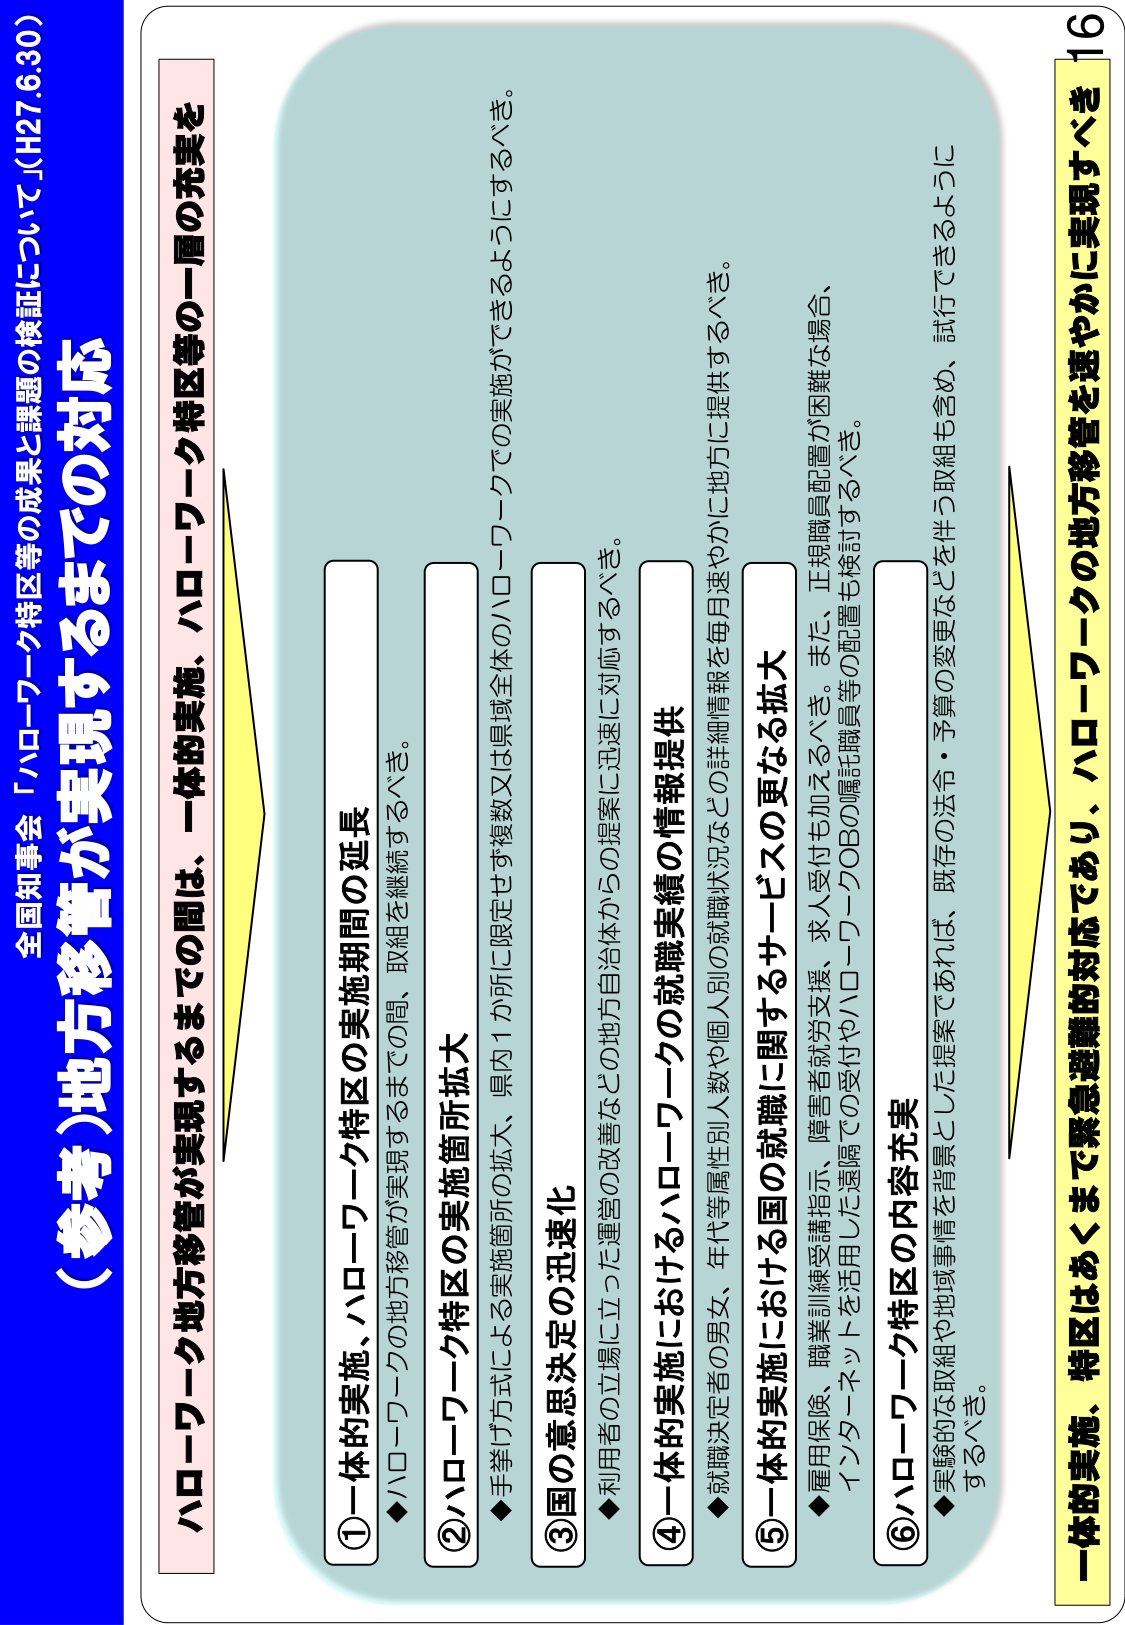
全国知事会「ハローワーク特区等の検証について」(H27.6.30)

（参考）地方移管が実現するまでの対応

ハローワーク地方移管が実現するまでの間は、一体的実施、ハローワーク特区等の一層の充実を

①一体的実施、ハローワーク特区の実施期間の延長
◆ハローワークの地方移管が実現するまでの間、取組を継続するべき。

②ハローワーク特区の実施箇所拡大
◆手挙げ方式による実施箇所の拡大、県内1か所に限定せず複数又は県域全体での実施ができるようにするべき。

③国の意思決定の迅速化
◆利用者の立場に立った運営の改善などの地方自治体からの提案に迅速に対応するべき。

④一体的実施におけるハローワークの就職実績の情報提供
◆就職決定者の男女、年代等属性別人数や個人別の就職状況などの詳細情報を毎月速やかに地方に提供するべき。

⑤一体的実施における国の就職に関するサービスの更なる拡大
◆雇用保険、職業訓練受講指示、障害者就労支援、求人受付も加えるべき。また、正規職員配置が困難な場合、インスターネットを活用した遠隔での受付やハローワークOBの嘱託職員等の配置も検討するべき。

⑥ハローワーク特区の内容充実
◆実験的な取組や地域事情を背景とした提案であれば、既存の法令・予算の変更などを伴う取組も含め、試行できるようにするべき。

一体的実施、特区はあくまで緊急避難的対応であり、ハローワークの地方移管を速やかに実現すべき

16